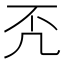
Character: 𠘶